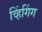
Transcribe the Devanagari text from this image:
व्हिंगिंग